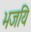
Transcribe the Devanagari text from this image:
भजयि